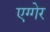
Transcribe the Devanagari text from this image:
एग्गेर